Indian journal of veterinary science and animal husbandry - Volume 12,
Year: 1942
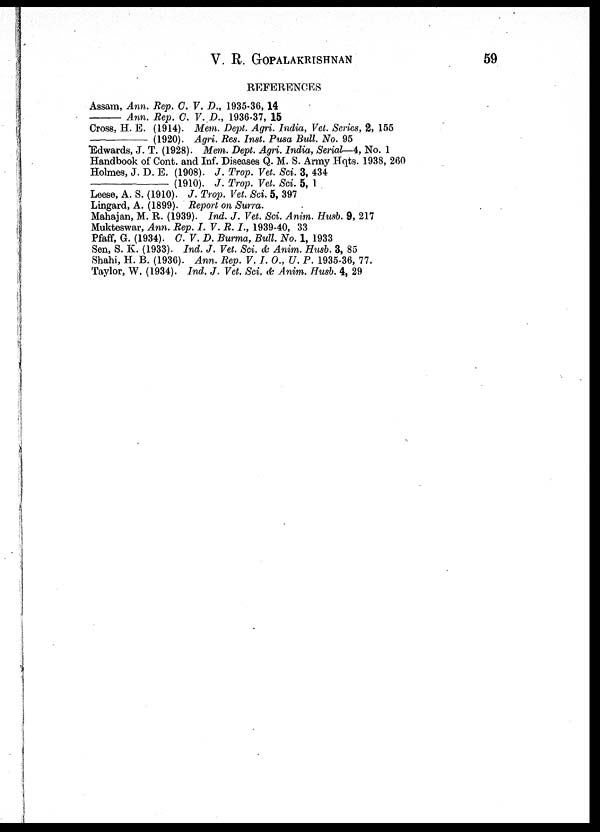
V. R. GOPALAKRISHNAN
59
REFERENCES
Assam, Ann. Rep. C. V. D., 1935-36, 14
—
Ann. Rep. C. V. D., 1936-37, 15
Cross, H. E. (1914). Mem. Dept. Agri. India, Vet. Series, 2, 155
—(1920).
Agri. Res. Inst. Pusa Bull. No. 95
Edwards, J. T. (1928). Mem. Dept. Agri. India, Serial—4, No. 1
Handbook of Cont. and Inf. Diseases Q. M. S. Army Hqts. 1938, 260
Holmes, J. D. E. (1908). J. Trop. Vet. Sci. 3, 434
—(1910). J. Trop. Vet. Sci. 5, 1
Leese, A. S. (1910). J. Trop. Vet. Sci. 5, 397
Lingard, A. (1899). Report on Surra.
Mahajan, M. R. (1939). Ind. J. Vet. Sci. Anim. Husb. 9, 217
Mukteswar, Ann. Rep. I. V. R. I., 1939-40, 33
Pfaff, G. (1934). C. V. D. Burma, Bull. No. 1, 1933
Sen, S. K. (1933). Ind. J. Vet. Sci. & Anim. Husb. 3, 85
Shahi, H. B. (1936). Ann. Rep. V. I. O., U. P. 1935-36, 77.
Taylor, W. (1934). Ind. J. Vet. Sci. & Anim. Husb. 4, 29